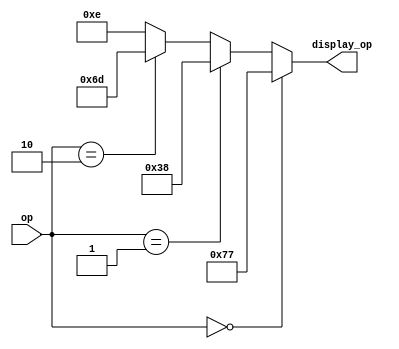
`timescale 1ns / 1ps

module op_decoder(
    input [1:0] op,
    output [6:0] display_op
    );
	assign display_op =  (op == 2'b00) ? 7'b1110111:
								(op == 2'b01) ? 7'b0111000:
								(op == 2'b10) ? 7'b1101101:
								7'b0001110;
								

endmodule